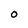
Character: O